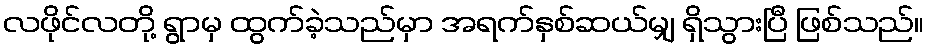
လဖိုင်လတို့ ရွာမှ ထွက်ခဲ့သည်မှာ အရက်နှစ်ဆယ်မျှ ရှိသွားပြီ ဖြစ်သည်။